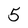
Character: 5